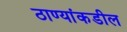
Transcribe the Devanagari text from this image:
ठाण्यांकडील